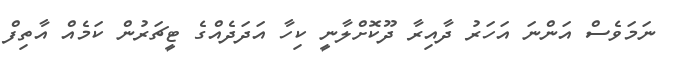
ނަމަވެސް އަންނަ އަހަރު ދާއިރާ ދޫކޮށްލާނީ ކިހާ އަދަދެއްގެ ޓީޗަރުން ކަމެއް އާތިފް